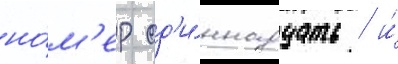
но́м'ер од'и́ннадцать / и́